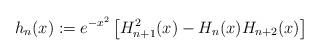
LaTeX: \begin{align*}h_{n}(x) := e^{-x^2}\left[H_{n+1}^{2}(x)-H_{n}(x)H_{n+2}(x)\right]\end{align*}